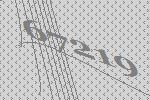
67219